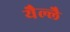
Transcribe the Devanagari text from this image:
यैल्लै